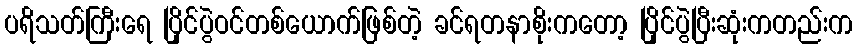
ပရိသတ်ကြီးရေ ပြိုင်ပွဲဝင်တစ်ယောက်ဖြစ်တဲ့ ခင်ရတနာစိုးကတော့ ပြိုင်ပွဲပြီးဆုံးကတည်းက